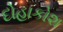
દોહાકોશ